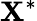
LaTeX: \mathbf{X}^{*}